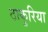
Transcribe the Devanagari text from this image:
ठाकुरिया